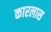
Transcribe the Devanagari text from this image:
कारलास